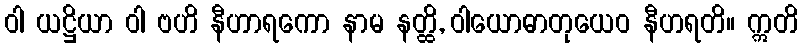
ဝါ ယဋ္ဌိယာ ဝါ ဗဟိ နီဟာရကော နာမ နတ္ထိ, ဝါယောဓာတုယေဝ နီဟရတိ။ ဣတိ